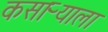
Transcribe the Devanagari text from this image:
कसाऱ्याला